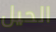
الحيل